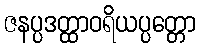
ဇနပ္ပဒတ္ထာဝရိယပ္ပတ္တော